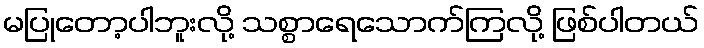
မပြုတော့ပါဘူးလို့ သစ္စာရေသောက်ကြလို့ ဖြစ်ပါတယ်